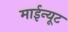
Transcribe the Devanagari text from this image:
माईन्यूट